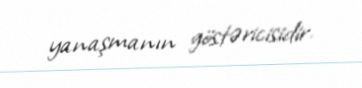
yanaşmanın göstəricisidir.